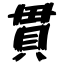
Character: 貫